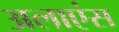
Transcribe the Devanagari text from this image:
अलाएंस